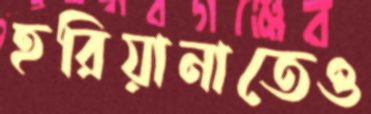
হরিয়ানাতেও